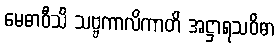
မေဓာဝီသိ သဗ္ဗကာလိကာတိ အဋ္ဌာရသဝိဓာ